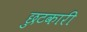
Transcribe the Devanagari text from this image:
छुटकारी